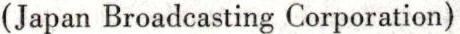
(Japan Broadcasting Corporation)